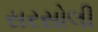
સરસોલી